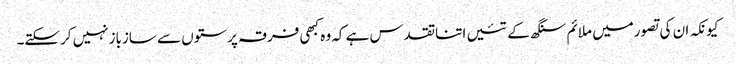
کیونکہ ان کی تصورمیں ملائم سنگھ کے تئیں اتناتقدس ہے کہ وہ کبھی فرقہ پرستوں سے سازبازنہیں کرسکتے۔